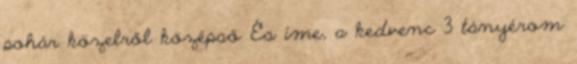
pohár közelről középső És íme, a kedvenc 3 tányérom